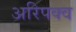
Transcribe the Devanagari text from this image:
अरिपक्व